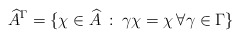
\begin{align*} \widehat{A}^\Gamma = \{\chi \in \widehat{A} \: : \: \gamma \chi = \chi \, \forall \gamma \in \Gamma\}\end{align*}